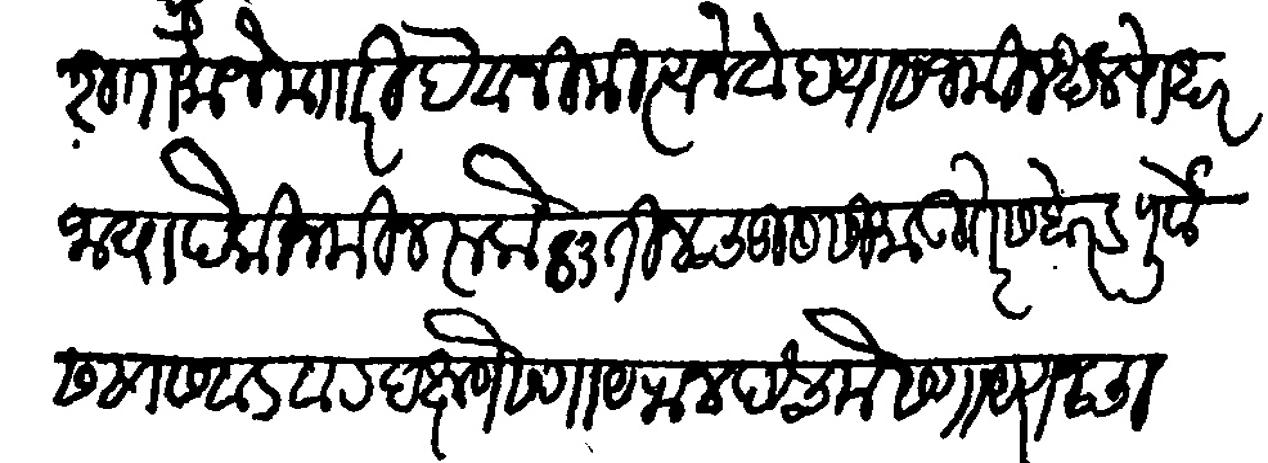
Transliteration (Devanagari): याजकरिता मौजे मजकुरी देवा निमित्य नेवेद यास जमिन थल पोखरजाया पैकी जमिन रुके आळ ३ तीन चतुसीमा उतरेस बेरड पूर्वेस सासवड वाट दक्षणेस गायराण पश्चमेस गायराणचा